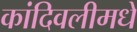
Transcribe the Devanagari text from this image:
कांदिवलीमधे